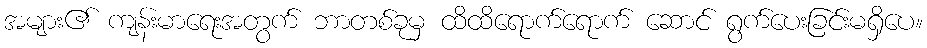
အများ၏ ကျန်းမာရေးအတွက် ဘာတစ်ခုမှ ထိထိရောက်ရောက် ဆောင် ရွက်ပေးခြင်းမရှိပေ။